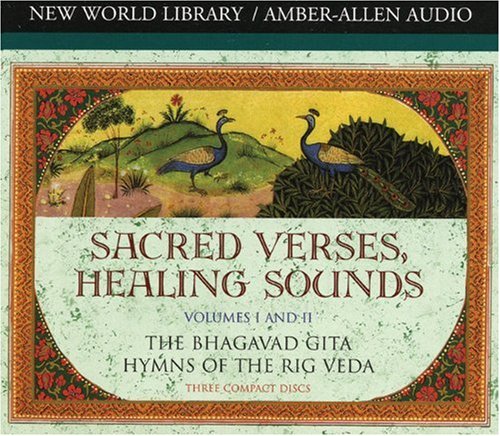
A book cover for Sacred Verses, Healing Sounds, Volumes I and II: The Bhagavad Gita, Hymns of the Rig Veda (Chopra, Deepak); M.D. Deepak Chopra; Religion & Spirituality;